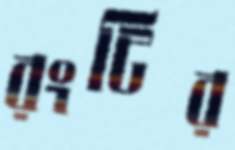
রংটির